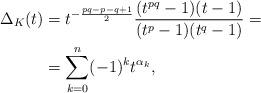
LaTeX: \begin{align*} \Delta_{K}(t)&= t^{-\frac{pq -p -q+1}{2}}\frac{(t^{pq}-1)(t-1)}{(t^p-1)(t^q-1)}= \\ &=\sum_{k=0}^n (-1)^k t^{\alpha_k},\end{align*}